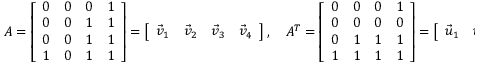
\begin{array} { r } { A = \left[ \begin{array} { l l l l } { 0 } & { 0 } & { 0 } & { 1 } \\ { 0 } & { 0 } & { 1 } & { 1 } \\ { 0 } & { 0 } & { 1 } & { 1 } \\ { 1 } & { 0 } & { 1 } & { 1 } \end{array} \right] = \left[ \begin{array} { l l l l } { \vec { v } _ { 1 } } & { \vec { v } _ { 2 } } & { \vec { v } _ { 3 } } & { \vec { v } _ { 4 } } \end{array} \right] , \ \ \ A ^ { T } = \left[ \begin{array} { l l l l } { 0 } & { 0 } & { 0 } & { 1 } \\ { 0 } & { 0 } & { 0 } & { 0 } \\ { 0 } & { 1 } & { 1 } & { 1 } \\ { 1 } & { 1 } & { 1 } & { 1 } \end{array} \right] = \left[ \begin{array} { l l l l } { \vec { u } _ { 1 } } & { \vec { u } _ { 2 } } & { \vec { u } _ { 3 } } & { \vec { u } _ { 4 } } \end{array} \right] . } \end{array}